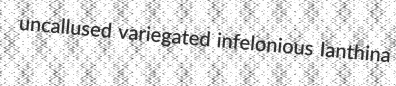
uncallused variegated infelonious Ianthina